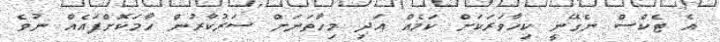
އެ ޓެކްސް ނެގޭނީ ކިހާވަރަކަށް ކަމެއް އަދި މިހާތަނަށް ސަރުކާރުން ހާމަކޮށްފައެއް ނުވެ